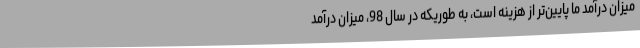
میزان درآمد ما پایین‌تر از هزینه است، به طوریکه در سال 98، میزان درآمد